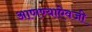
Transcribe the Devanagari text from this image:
आणण्याऐवजी